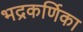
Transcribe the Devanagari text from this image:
भद्रकर्णिका